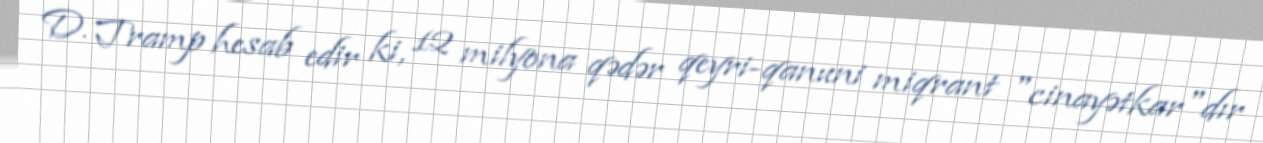
D. Tramp hesab edir ki, 12 milyona qədər qeyri-qanuni miqrant "cinayətkar"dır